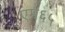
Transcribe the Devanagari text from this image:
एम६५